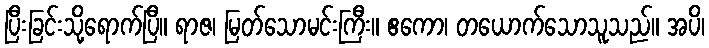
ပြီးခြင်းသို့ရောက်ပြီ။ ရာဇ၊ မြတ်သောမင်းကြီး။ ဧကော၊ တယောက်သောသူသည်။ အပိ၊